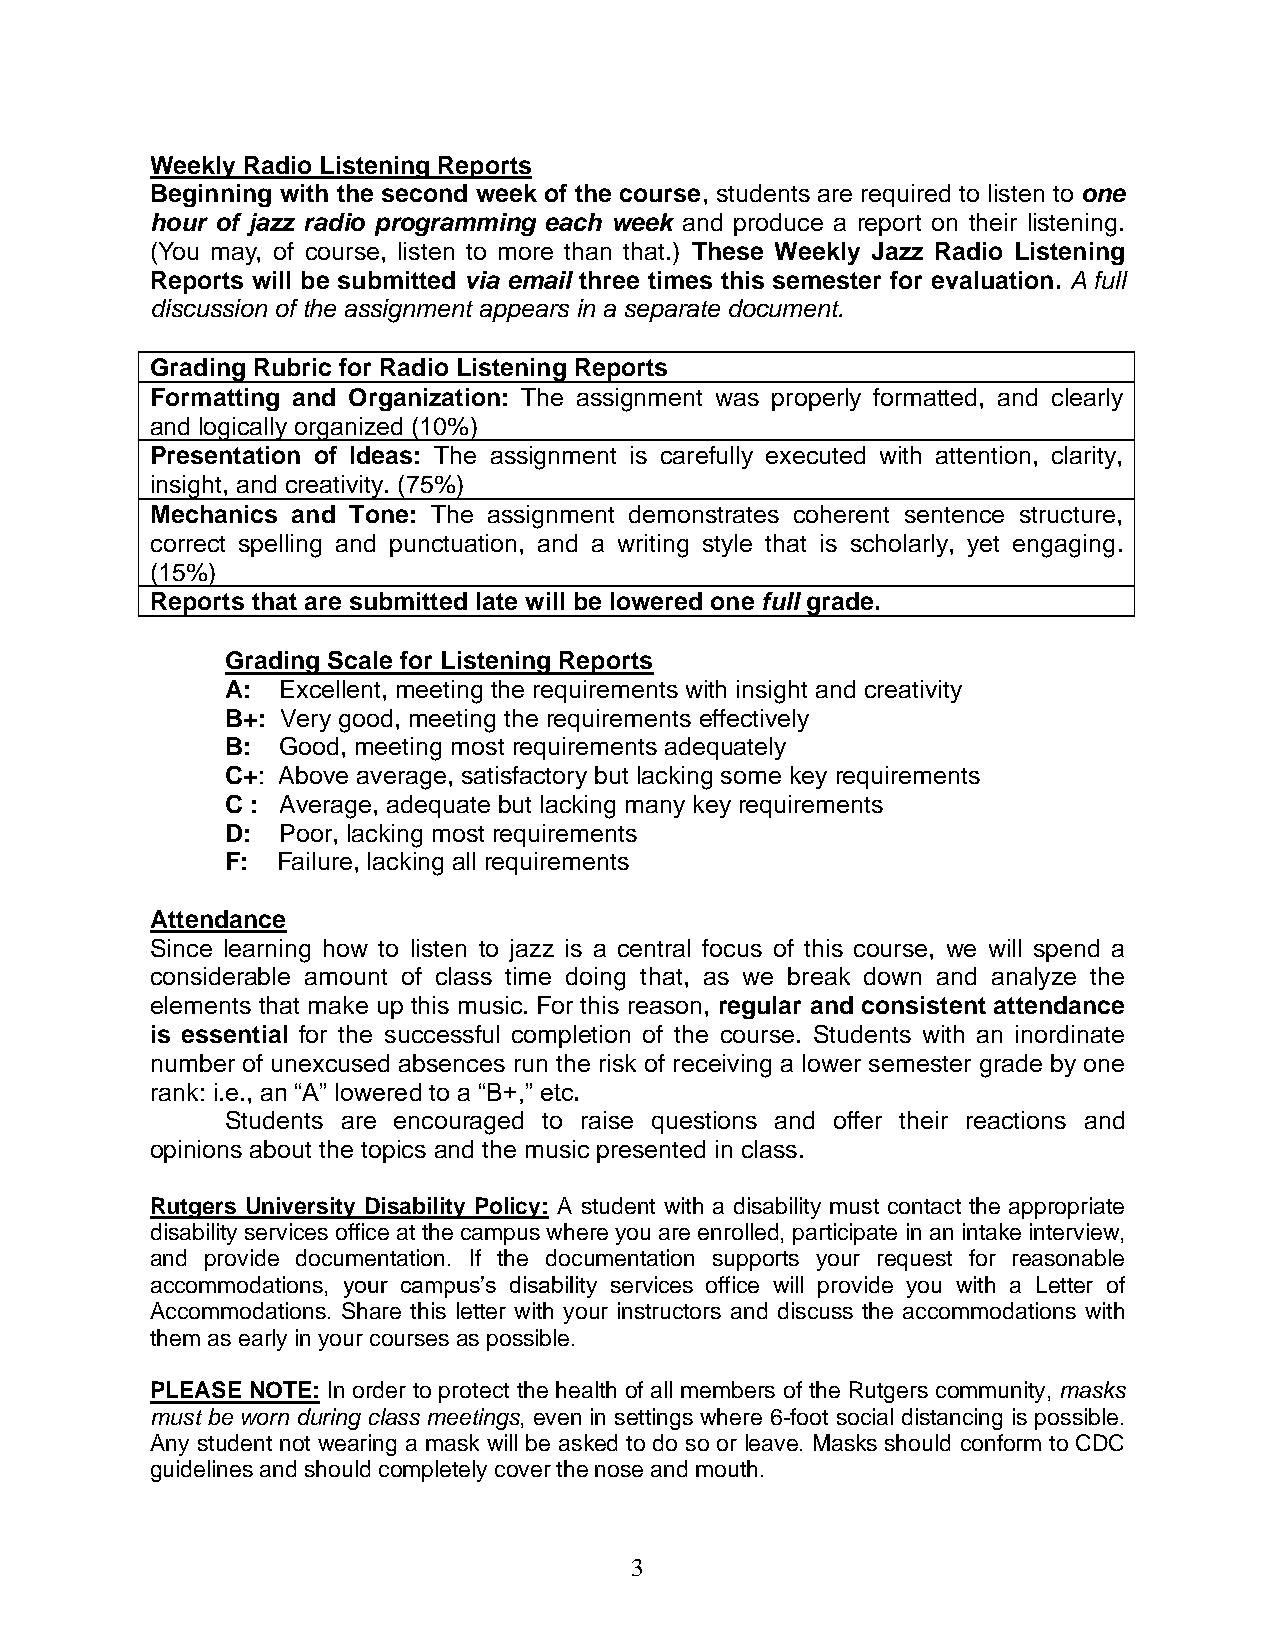
Weekly Radio Listening Reports
 Beginning with the second week of the course, students are required to listen to one
 hour of jazz radio programming each week and produce a report on their listening.
 (You may, of course, listen to more than that.) These Weekly Jazz Radio Listening
 Reports will be submitted via email three times this semester for evaluation. A full
 discussion of the assignment appears in a separate document.
 Grading Rubric for Radio Listening Reports
 Formatting and Organization: The assignment was properly formatted, and clearly
 and logically organized (10%)
 Presentation of Ideas: The assignment is carefully executed with attention, clarity,
 insight, and creativity. (75%)
 Mechanics and Tone: The assignment demonstrates coherent sentence structure,
 correct spelling and punctuation, and a writing style that is scholarly, yet engaging.
 (15%)
 Reports that are submitted late will be lowered one full grade.
 Grading Scale for Listening Reports
 A: Excellent, meeting the requirements with insight and creativity
 B+: Very good, meeting the requirements effectively
 B: Good, meeting most requirements adequately
 C+: Above average, satisfactory but lacking some key requirements
 C : Average, adequate but lacking many key requirements
 D: Poor, lacking most requirements
 F: Failure, lacking all requirements
 Attendance
 Since learning how to listen to jazz is a central focus of this course, we will spend a
 considerable amount of class time doing that, as we break down and analyze the
 elements that make up this music. For this reason, regular and consistent attendance
 is essential for the successful completion of the course. Students with an inordinate
 number of unexcused absences run the risk of receiving a lower semester grade by one
 rank: i.e., an “A” lowered to a “B+,” etc.
 Students are encouraged to raise questions and offer their reactions and
 opinions about the topics and the music presented in class.
 Rutgers University Disability Policy: A student with a disability must contact the appropriate
 disability services office at the campus where you are enrolled, participate in an intake interview,
 and provide documentation. If the documentation supports your request for reasonable
 accommodations, your campus’s disability services office will provide you with a Letter of
 Accommodations. Share this letter with your instructors and discuss the accommodations with
 them as early in your courses as possible.
 PLEASE NOTE: In order to protect the health of all members of the Rutgers community, masks
 must be worn during class meetings, even in settings where 6-foot social distancing is possible.
 Any student not wearing a mask will be asked to do so or leave. Masks should conform to CDC
 guidelines and should completely cover the nose and mouth.
 3